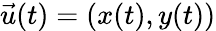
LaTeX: {\vec{u}}(t)=(x(t),y(t))